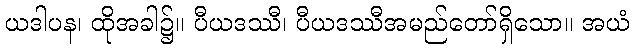
ယဒါပန၊ ထိုအခါ၌။ ပီယဒဿီ၊ ပီယဒဿီအမည်တော်ရှိသော။ အယံ